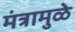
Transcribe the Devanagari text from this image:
मंत्रामुळे